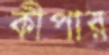
কীপার